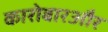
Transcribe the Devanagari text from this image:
कारोबारऔर